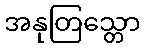
အနုတြသ္တော